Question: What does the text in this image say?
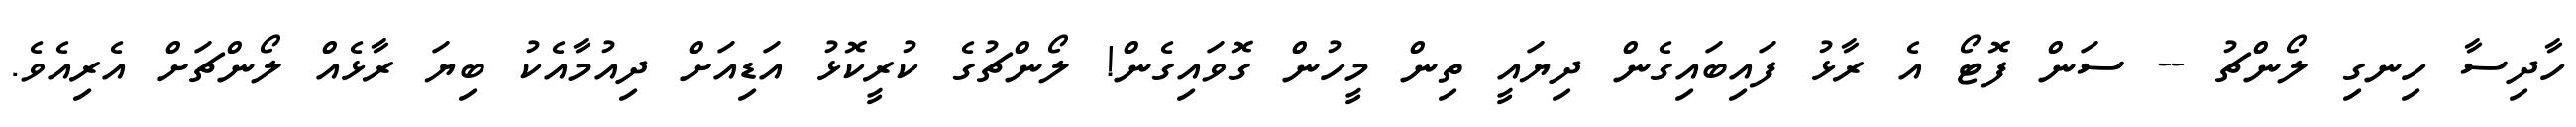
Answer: ހާދިސާ ހިނގި ލޯންޗު -- ސަން ފޮޓޯ އެ ރާޅު ފައިބައިގެން ދިޔައީ ތިން މީހުން ގޮވައިގެން! ލޯންޗުގެ ކުރީކޮޅު އަޑިއަށް ދިއުމާއެކު ބިޔަ ރާޅެއް ލޯންޗަށް އެރިއެވެ.